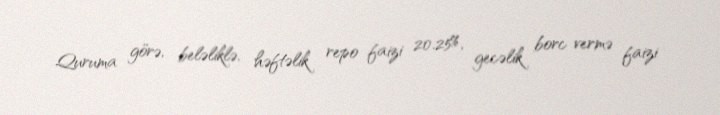
Quruma görə, beləliklə, həftəlik repo faizi 20.25%, gecəlik borc vermə faizi